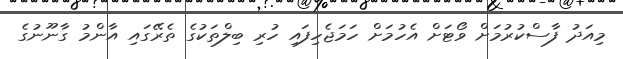
މިއަދު ފާސްކުރުމަށް ވޯޓަށް އެހުމަށް ހަމަޖެހިފައި ހުރި ބިލްތަކުގެ ތެރޭގައި އާންމު ގާނޫނުގެ